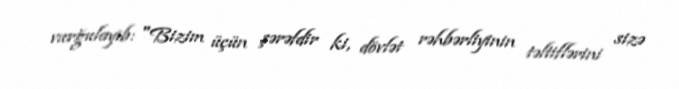
vurğulayıb: "Bizim üçün şərəfdir ki, dövlət rəhbərliyinin təltiflərini sizə